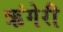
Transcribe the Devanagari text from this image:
ऋंगेरी